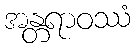
အန္တရာဝဿံ